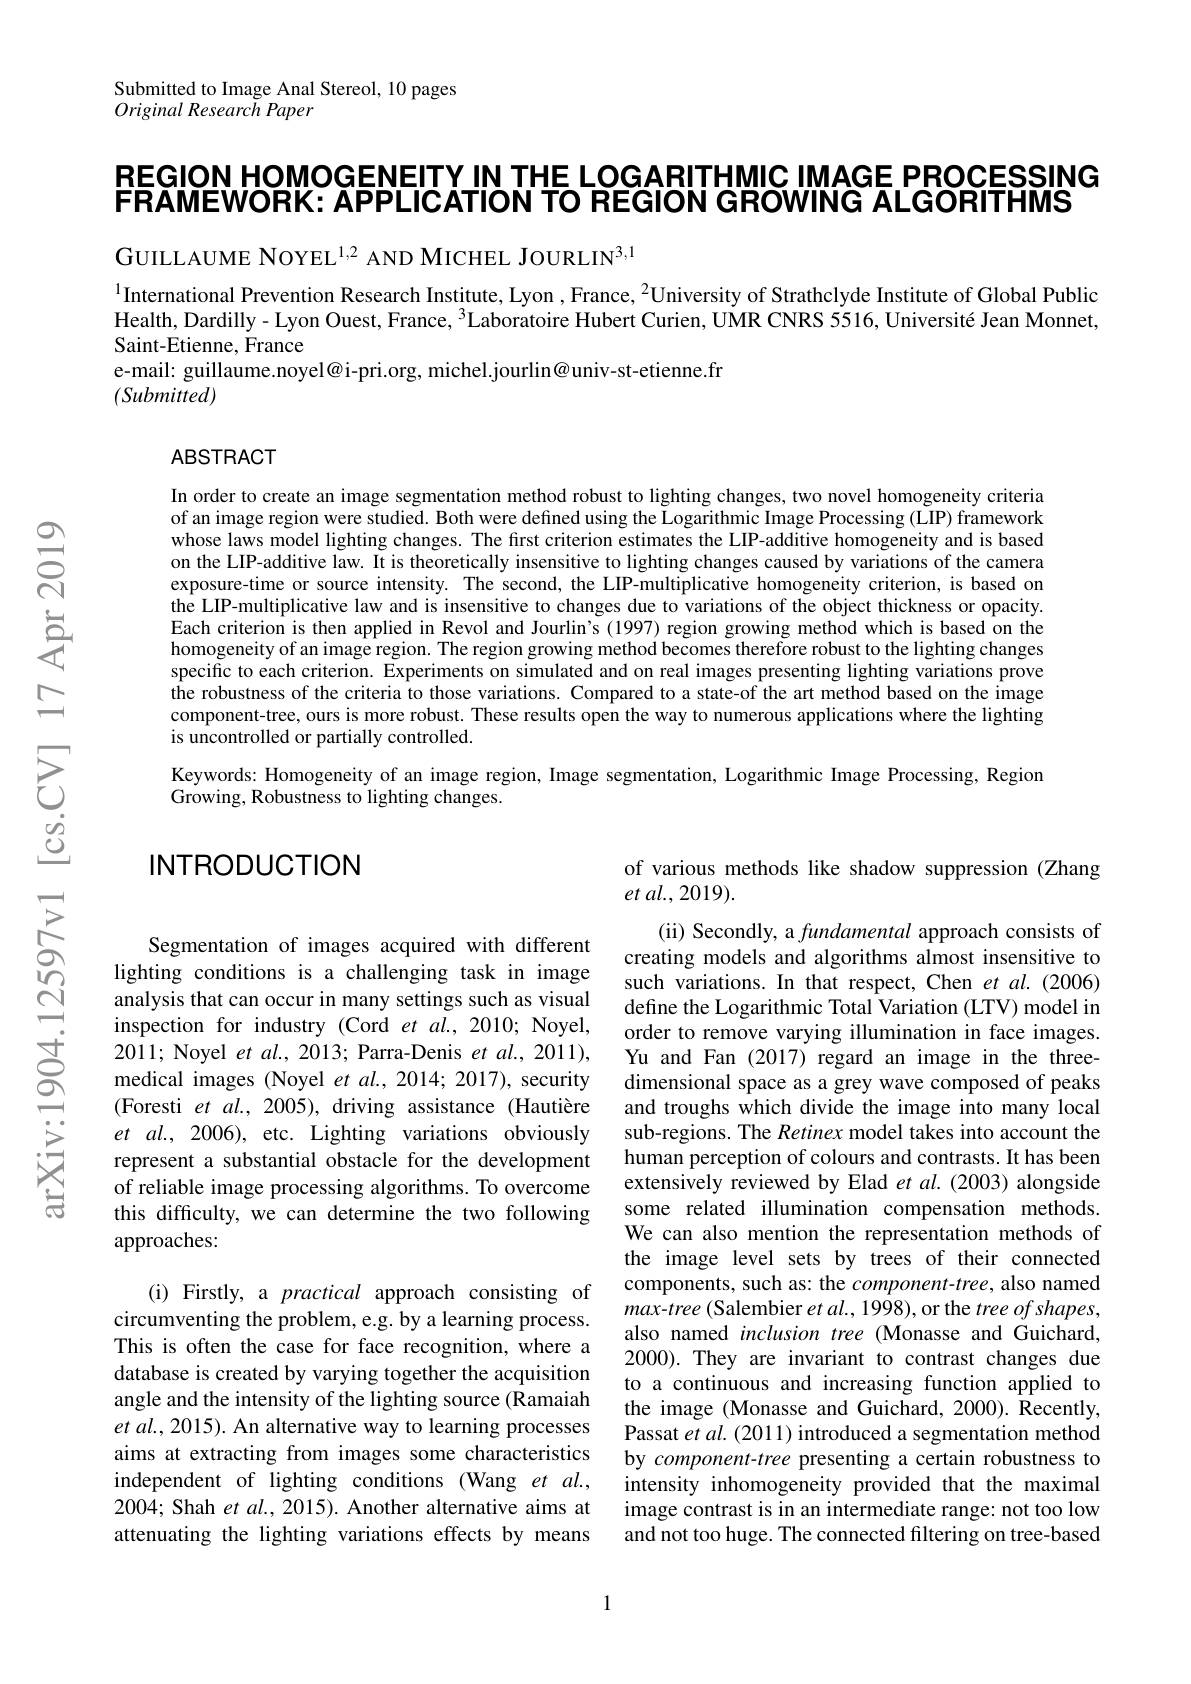
Submitted to Image Anal Stereol, 10 pages
Original Research Paper

REGION HOMOGENETY IN THE LOGARITHMIC IMAGE PROCESSING
FRAMEWORK: APPLICATION TO REGION GROWING ALGORITHMS

GUILLAUME NOYEL$^{1,2}$ AND MICHEL JOURLIN$^3,1$

$^{1}$International Prevention Research Institute, Lyon , France, $^{2}$University of Strathclyde Institute of Global Public Health, Dardilly- Lyon Ouest, France, $^{3}$Laboratoire Hubert Curien, UMR CNRS 5516, Université Jean Monnet, Saint-Etienne, France
e-mail: guillaume.noyel@i-pri.org, michel.jourlin@univ-st-etienne.fr
$(Submitted)$

### ABSTRACT

In order to create an image segmentation method robust to lighting changes, two novel homogeneity criteria of an image region were studied. Both were defined using the Logarithmic Image Processing (LIP) framework whose laws model lighting changes. The first criterion estimates the LIP-additive homogeneity and is based on the LIP-additive law. It is theoretically insensitive to lighting changes caused by variations of the camera exposure-time or source intensity. The second, the LIP-multiplicative homogeneity criterion, is based on the LIP-multiplicative law and is insensitive to changes due to variations of the object thickness or opacity. Each criterion is then applied in Revol and Jourlin's (1997) region growing method which is based on the homogeneity of an image region. The region growing method becomes therefore robust to the lighting changes specific to each criterion. Experiments on simulated and on real images presenting lighting variations prove $\hat{\text{the robustness of the criteria to those variations. Compared to a state-of the art method based on the image}}$ component-tree, ours is more robust. These results open the way to numerous applications where the lighting is uncontrolled or partially controlled.
Keywords: Homogeneity of an image region, Image segmentation, Logarithmic Image Processing, Region
$\dot{\mathrm{Growing,Robustness~to~lighting~changes.}}$

## INTRODUCTION

of various methods like shadow suppression (Zhang
et al.,2019).

(ii) Secondly, a fundamental approach consists of creating models and algorithms almost insensitive to such variations. In that respect, Chen et al.(2006) define the Logarithmic Total Variation (LTV) model in order to remove varying illumination in face images. Yu and Fan (2017) regard an image in the threedimensional space as a grey wave composed of peaks and troughs which divide the image into many local sub-regions. The Retinex model takes into account the human perception of colours and contrasts. It has been extensively reviewed by Elad et al.(2003) alongside some related illumination compensation methods. We can also mention the representation methods of the image level sets by trees of their connected components, such as: the $component-tree$, also named max-tree (Salembier et al., 1998), or the $treeofshapes$, also named inclusion tree (Monasse and Guichard, 2000). They are invariant to contrast changes due to a continuous and increasing function applied to the image (Monasse and Guichard, 2000). Recently, Passat et al. (2011) introduced a segmentation method by component-tree presenting a certain robustness to intensity inhomogeneity provided that the maximal image contrast is in an intermediate range: not too low and not too huge. The connected filtering on tree-based

Segmentation of images acquired with different lighting conditions is a challenging task in image analysis that can occur in many settings such as visual inspection for industry (Cord $etal.,2010;$ Noyel, 2011; Noyel et al., 2013; Parra-Denis et al., 2011), medical images (Noyel et al., 2014; 2017), security (Foresti et $al.,2005)$, driving assistance (Hautière et $al.,2006)$, etc. Lighting variations obviously represent a substantial obstacle for the development of reliable image processing algorithms. To overcome this difficulty, we can determine the two following approaches:
(i) Firstly, a practical approach consisting of circumventing the problem, e.g. by a learning process. This is often the case for face recognition, where a database is created by varying together the acquisition angle and the intensity of the lighting source (Ramaiah et al., 2015). An alternative way to learning processes aims at extracting from images some characteristics independent of lighting conditions (Wang et al., 2004; Shah et al., 2015). Another alternative aims at attenuating the lighting variations effects by means

1